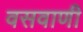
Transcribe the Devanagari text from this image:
वसवाणी